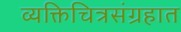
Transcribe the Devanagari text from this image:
व्यक्तिचित्रसंग्रहात